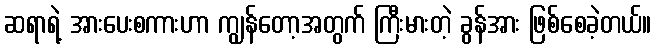
ဆရာရဲ့ အားပေးစကားဟာ ကျွန်တော့အတွက် ကြီးမားတဲ့ ခွန်အား ဖြစ်စေခဲ့တယ်။